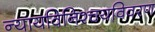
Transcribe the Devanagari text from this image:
न्यायविनिश्चयविवरण